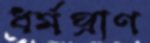
ধর্মপ্রাণ